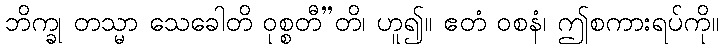
ဘိက္ခု တသ္မာ သေခေါတိ ဝုစ္စတီ”တိ၊ ဟူ၍။ ဧတံ ဝစနံ၊ ဤစကားရပ်ကို။